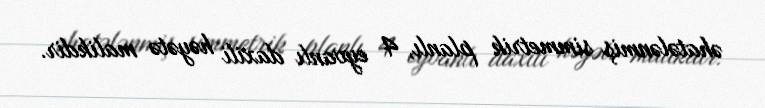
əhatələnmiş simmetrik planlı, 4 eyvanlı daxili həyətə malikdir.